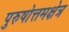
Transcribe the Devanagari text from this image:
पुरुषोत्तमक्षेत्र